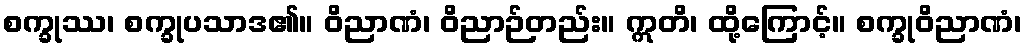
စက္ခုဿ၊ စက္ခုပသာဒ၏။ ဝိညာဏံ၊ ဝိညာဉ်တည်း။ ဣတိ၊ ထို့ကြောင့်။ စက္ခုဝိညာဏံ၊